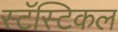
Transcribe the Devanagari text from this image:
स्टॅस्टिकल